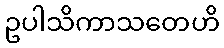
ဥပါသိကာသတေဟိ